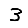
Digit: 3